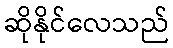
ဆိုနိုင်လေသည်